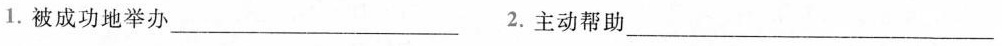
1.被成功地举办___ 2.主动帮助___